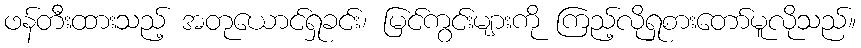
ဖန်တီးထားသည့် အတုယောင်ရှုခင်း၊ မြင်ကွင်းများကို ကြည့်လိုရှုစားတော်မူလိုသည်။